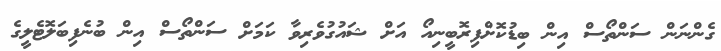
ގެންނަން ސަންތޯސް އިން ބިޑުކޮށްފިރޮބީނިއޯ އަށް ޝައުގުވެރިވާ ކަމަށް ސަންތޯސް އިން ބުނެފިބަލޮޓެލީގެ